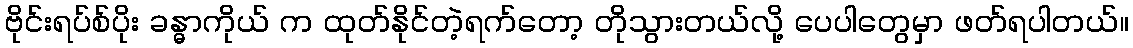
ဗိုင်းရပ်စ်ပိုး ခန္ဓာကိုယ် က ထုတ်နိုင်တဲ့ရက်တော့ တိုသွားတယ်လို့ ပေပါတွေမှာ ဖတ်ရပါတယ်။